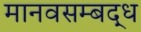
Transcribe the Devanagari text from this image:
मानवसम्बद्ध